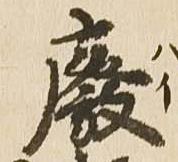
廃